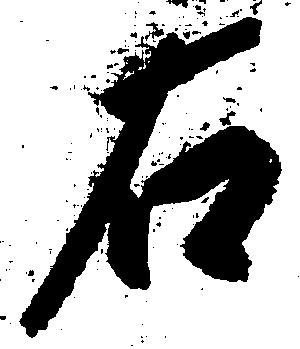
右